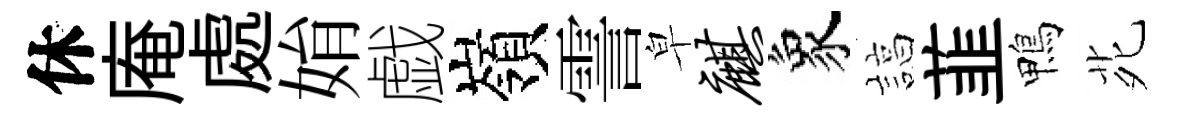
休庵處姢戯嶺霅皁麒象諄韮鴨𫟍